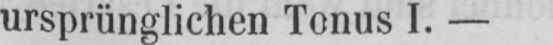
ursprünglichen Tonus I.-